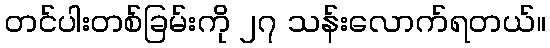
တင်ပါးတစ်ခြမ်းကို ၂၇ သန်းလောက်ရတယ်။